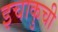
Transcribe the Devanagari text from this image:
इचाकुची